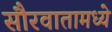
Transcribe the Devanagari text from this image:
सौरवातामध्ये